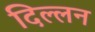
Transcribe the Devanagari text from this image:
दिल्लन